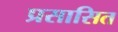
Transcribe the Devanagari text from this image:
प्रसासित